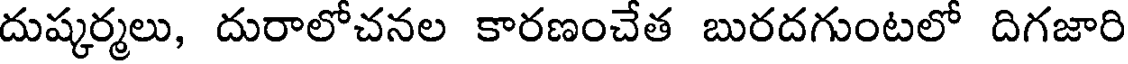
దుష్కర్మలు, దురాలోచనల కారణంచేత బురదగుంటలో దిగజారి